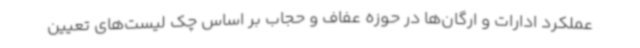
عملکرد ادارات و ارگان‌ها در حوزه عفاف و حجاب بر اساس چک لیست‌های تعیین